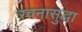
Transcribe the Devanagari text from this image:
रचनासुद्धा